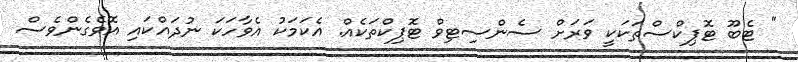
" ޓެބޫ ޓޮޕިކްސްތަކަކީ ވަރަށް ސެންސިޓިވް ޓޮޕިކްތަކެއް. އެކަމަކު އެވާހަކަ ނުދައްކައި އޮވެގެންވެސް